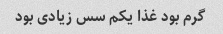
گرم بود غذا یکم سس زیادی بود